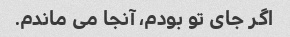
اگر جای تو بودم، آنجا می ماندم.